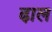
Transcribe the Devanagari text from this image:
ढा़ल